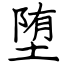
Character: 堕